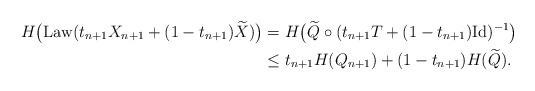
LaTeX: \begin{align*}H\big(\mathrm{Law}(t_{n+1}X_{n+1} + (1-t_{n+1})\widetilde{X})\big) &= H\big(\widetilde{Q} \circ (t_{n+1}T + (1-t_{n+1})\mathrm{Id})^{-1}\big) \\&\le t_{n+1}H(Q_{n+1}) + (1-t_{n+1})H(\widetilde{Q}).\end{align*}